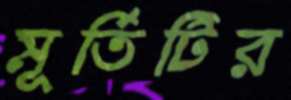
মূর্তিটির